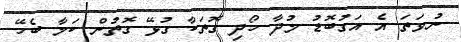
ނުވަތަ އެ އަގުބޮޑު މުދާ ހޯދި ގޮތަކާ ގުޅޭ ގޮތުން ކަމާ ބެހޭ